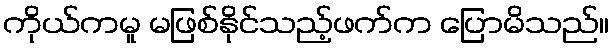
ကိုယ်ကမူ မဖြစ်နိုင်သည့်ဖက်က ပြောမိသည်။